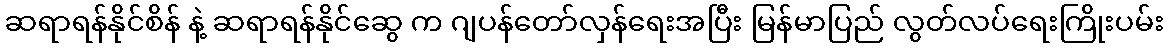
ဆရာရန်နိုင်စိန် နဲ့ ဆရာရန်နိုင်ဆွေ က ဂျပန်တော်လှန်ရေးအပြီး မြန်မာပြည် လွတ်လပ်ရေးကြိုးပမ်း